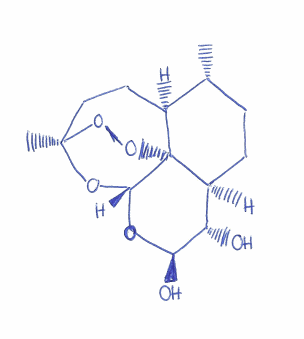
Simplified molecular-input line-entry system (SMILES) notation of the given molecule:
C[C@@H]1CC[C@H]2[C@@H]([C@H](O[C@H]3[C@@]24[C@H]1CC[C@](O3)(OO4)C)O)O